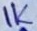
Text: 1K